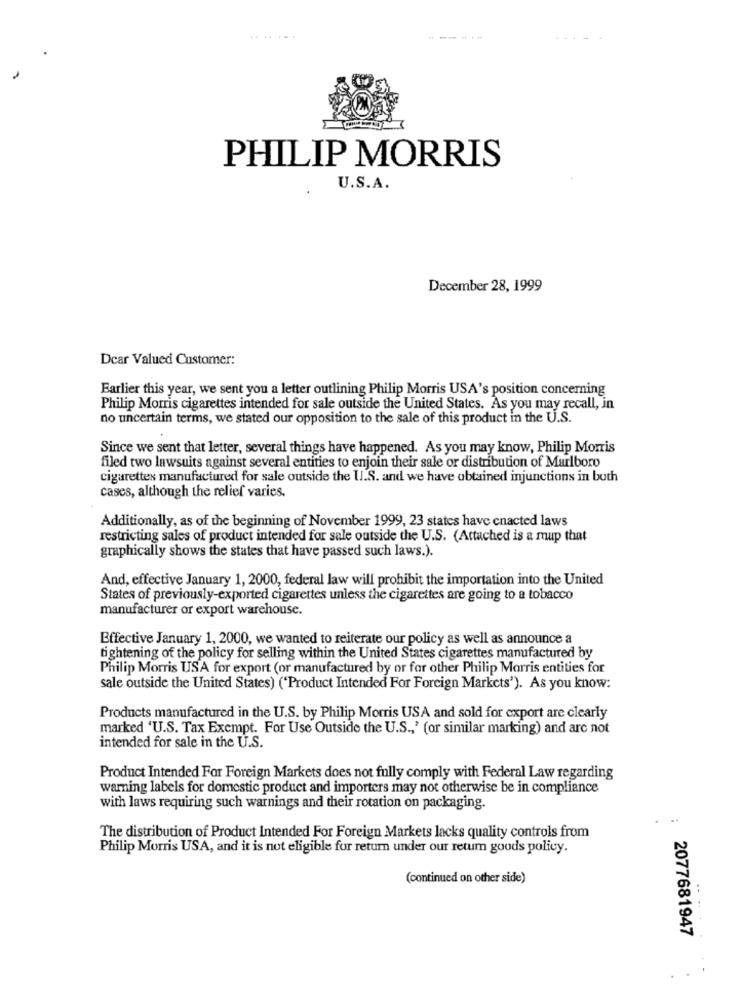
.. .
... .
PHILIP MORRIS
U.S.A.
December 28, 1999
Dear Valued Customer:
Earlier this year, we sent you a letter outlining Philip Morris USA's position concerning
Philip Morris cigarettes intended for sale outside the United States. As you may recall, in
no uncertain terms, we stated our opposition to the sale of this product in the U.S.
Since we sent that letter, several things have happened. As you may know, Philip Morris
filed two lawsuits against several entities to enjoin their sale or distribution of Marlboro
cigarettes manufactured for sale outside the U.S. and we have obtained injunctions in both
cases, although the relief varies.
Additionally, as of the beginning of November 1999, 23 states have enacted laws
restricting sales of product intended for sale outside the U.S. (Attached is a mup that
graphically shows the states that have passed such laws.).
And, effective January 1, 2000, federal law will prohibit the importation into the United
States of previously-exported cigarettes unless the cigarettes are going to a tobacco
manufacturer or export warehouse.
Effective January 1, 2000, we wanted to reiterate our policy as well as announce a
tightening of the policy for selling within the United States cigarettes manufactured by
Philip Morris USA for export (or manufactured by or for other Philip Morris entities for
sale outside the United States) ('Product Intended For Foreign Markets'). As you know:
Products manufactured in the U.S. by Philip Morris USA and sold for export are clearly
marked 'U.S. Tax Exempt. For Use Outside the U.S ., ' (or similar marking) and are not
intended for sale in the U.S.
Product Intended For Foreign Markets does not fully comply with Federal Law regarding
warning labels for domestic product and importers may not otherwise be in compliance
with laws requiring such warnings and their rotation on packaging.
:
The distribution of Product Intended For Foreign Markets lacks quality controls from
Philip Morris USA, and it is not eligible for return under our retum goods policy.
(continued on other side)
2077681947
...